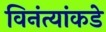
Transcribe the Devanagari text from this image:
विनंत्यांकडे